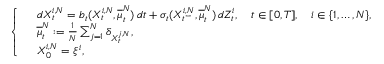
\left\{ \begin{array} { l l l } & { d X _ { t } ^ { i , N } = b _ { t } ( X _ { t } ^ { i , N } , \overline { { \mu } } _ { t } ^ { N } ) \, d t + \sigma _ { t } ( X _ { t ^ { - } } ^ { i , N } , \overline { { \mu } } _ { t } ^ { N } ) \, d Z _ { t } ^ { i } , \quad t \in [ 0 , T ] , \quad i \in \{ 1 , \dots , N \} , } \\ & { \overline { { \mu } } _ { t } ^ { N } : = \frac { 1 } { N } \sum _ { j = 1 } ^ { N } \delta _ { X _ { t } ^ { j , N } } , } \\ & { X _ { 0 } ^ { i , N } = \xi ^ { i } , } \end{array} \right.